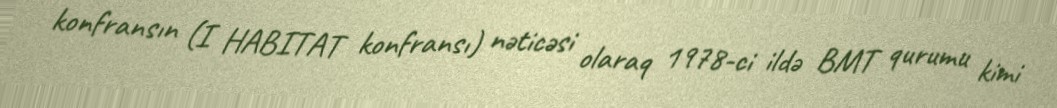
konfransın (I HABITAT konfransı) nəticəsi olaraq 1978-ci ildə BMT qurumu kimi